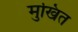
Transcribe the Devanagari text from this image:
मुखित